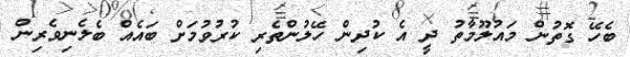
ބެހޭ ގޮތުން މައުލޫމާތު ދީ އެ ކުދިން ހޭލުންތެރި ކުރުވުމަށް ބައެއް ބެލެނިވެރިން